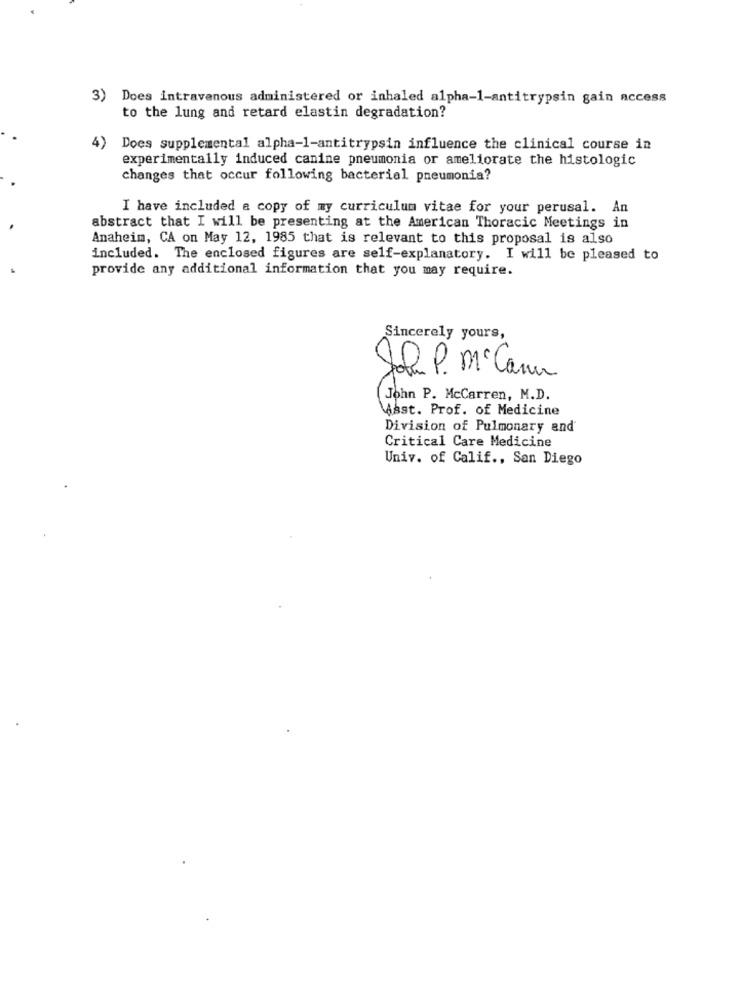
3) Does intravenous administered or inhaled alpha-1-antitrypsin gain access
to the lung and retard elastin degradation?
4)
Does supplemental alpha-1-antitrypsin influence the clinical course in
experimentally induced canine pneumonia or ameliorate the histologic
changes that occur following bacterial pneumonia?
I have included a copy of my curriculum vitae for your perusal. An
abstract that I will be presenting at the American Thoracic Meetings in
Anaheim, CA on May 12, 1985 that is relevant to this proposal is also
included. The enclosed figures are self-explanatory. I will be pleased to
provide any additional information that you may require.
Sincerely yours,
John P. Mc Cann
John P. McCarren, M.D.
Mast. Prof. of Medicine
Division of Pulmonary and
Critical Care Medicine
Univ. of Calif ., San Diego